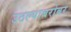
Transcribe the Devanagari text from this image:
उठल्याबरोबर